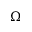
\Omega